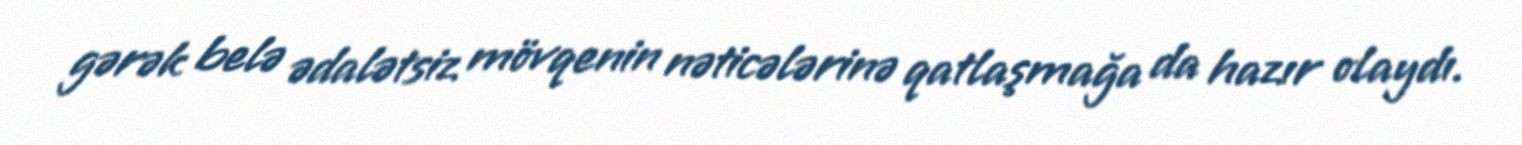
gərək belə ədalətsiz mövqenin nəticələrinə qatlaşmağa da hazır olaydı.